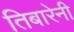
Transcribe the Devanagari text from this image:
तिबारेनी